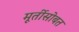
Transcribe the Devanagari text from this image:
मूर्तीसोबत